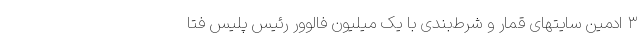
۳ ادمین سایتهای قمار و شرط‌بندی با یک میلیون فالوور رئیس پلیس فتا